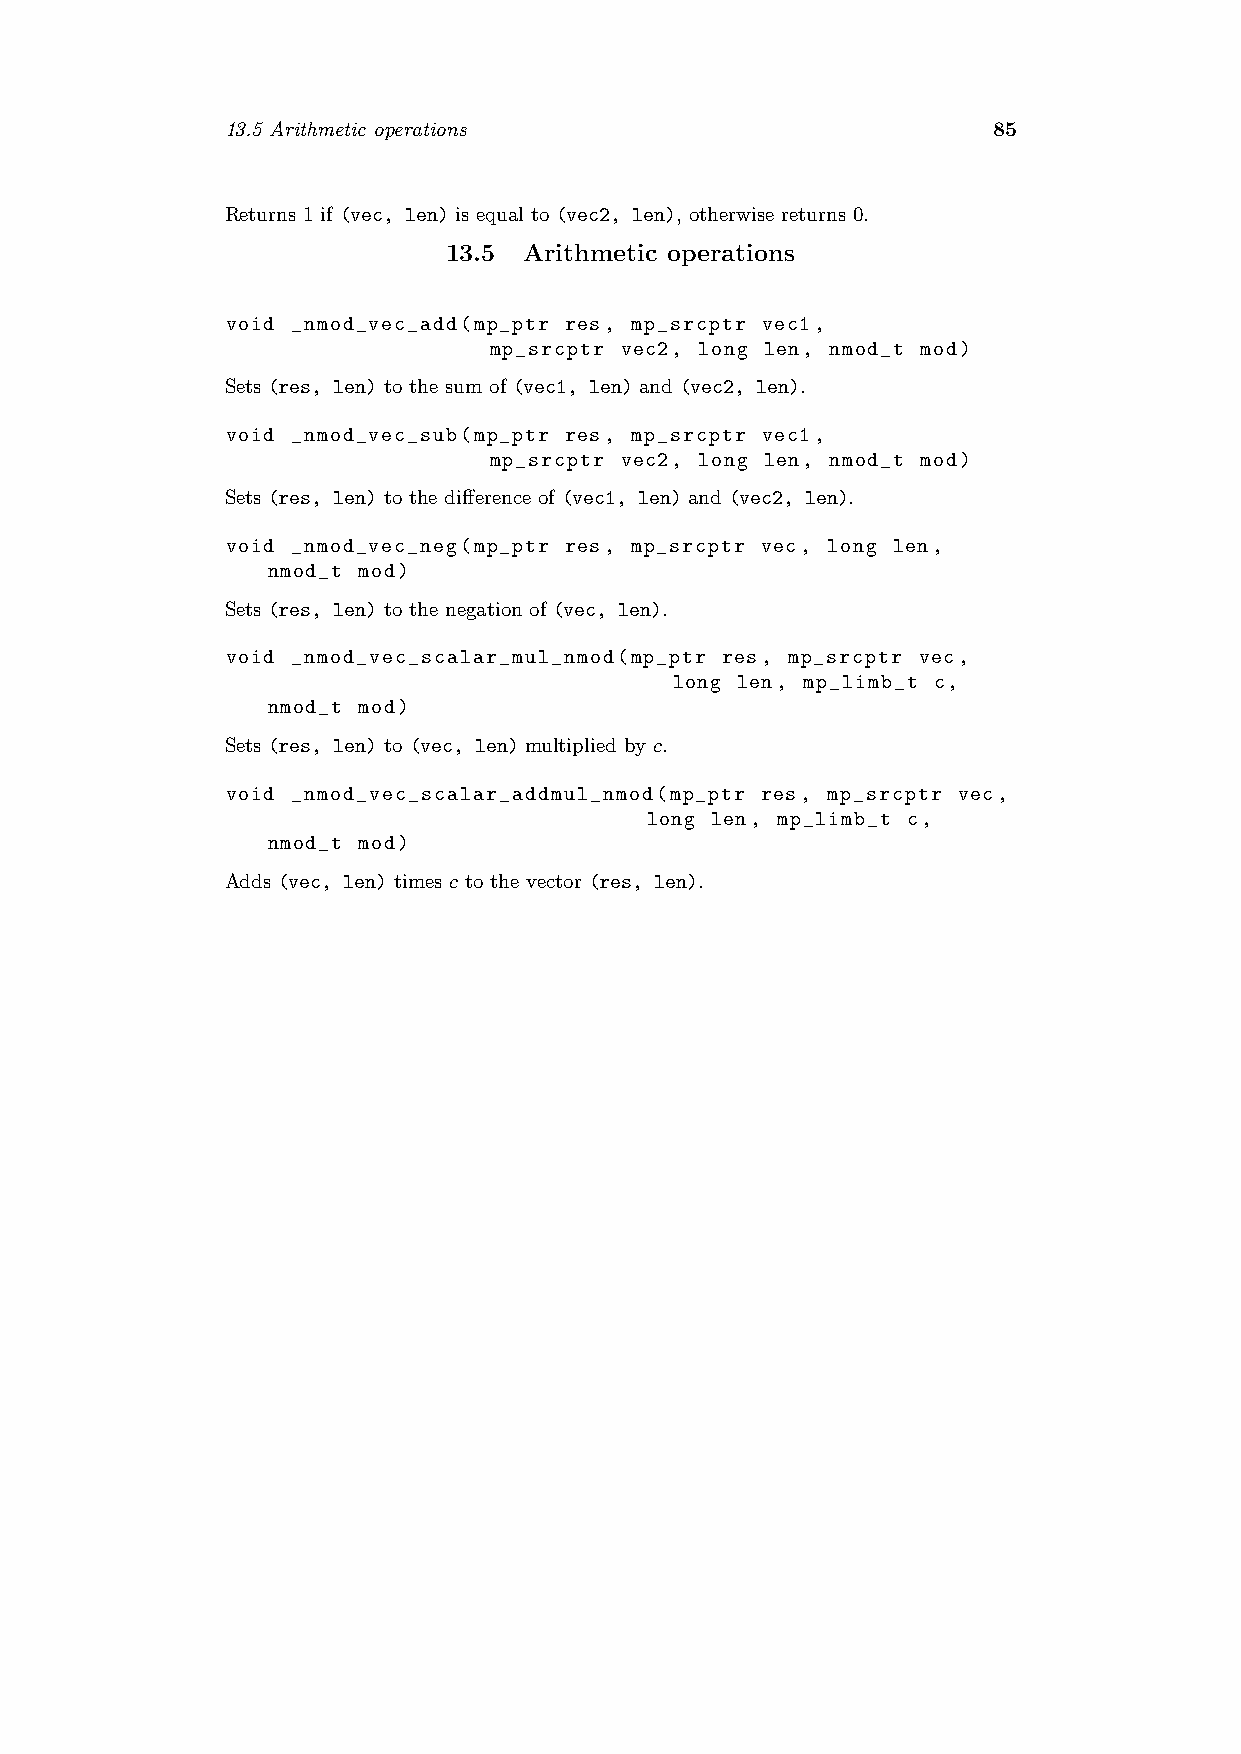
13.5 Arithmetic operations                         85
 Returns 1 if (vec, len) is equal to (vec2, len), otherwise returns 0.
 13.5 Arithmetic operations
 void _nmod_vec_add(mp_ptr res, mp_srcptr vec1,
 mp_srcptr vec2, long len, nmod_t mod)
 Sets (res, len) to the sum of (vec1, len) and (vec2, len).
 void _nmod_vec_sub(mp_ptr res, mp_srcptr vec1,
 mp_srcptr vec2, long len, nmod_t mod)
 Sets (res, len) to the difference of (vec1, len) and (vec2, len).
 void _nmod_vec_neg(mp_ptr res, mp_srcptr vec, long len,
 nmod_t mod)
 Sets (res, len) to the negation of (vec, len).
 void _nmod_vec_scalar_mul_nmod(mp_ptr res, mp_srcptr vec,
 long len, mp_limb_t c,
 nmod_t mod)
 Sets (res, len) to (vec, len) multiplied by c.
 void _nmod_vec_scalar_addmul_nmod(mp_ptr res, mp_srcptr vec,
 long len, mp_limb_t c,
 nmod_t mod)
 Adds (vec, len) times c to the vector (res, len).